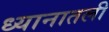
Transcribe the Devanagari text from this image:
ध्यानातली